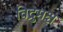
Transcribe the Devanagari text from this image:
विद्रुमश्च